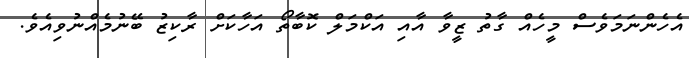
އެހެންނަމަވެސް މީހެއް ގާތު ޒީވާ އާއި އަކްމަލް ކޮބާތޯ އަހާކަށް ރާކިޒު ބޭނުމެއްނުވިއެވެ.